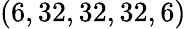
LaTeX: (6,32,32,32,6)